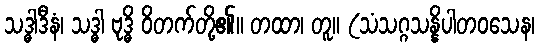
သဒ္ဓါဒီနံ၊ သဒ္ဓါ ဗုဒ္ဓိ ဝိတက်တို့၏။ တထာ၊ တူ။ (သံသဂ္ဂသန္နိပါတဝသေန၊